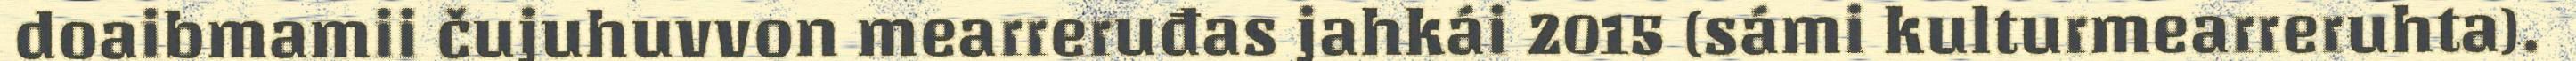
doaibmamii čujuhuvvon mearreruđas jahkái 2015 (sámi kulturmearreruhta).